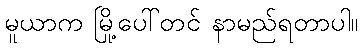
မူယာက မြို့ပေါ်တင် နာမည်ရတာပါ။